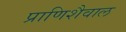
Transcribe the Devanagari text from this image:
प्राणिशैवाल